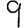
Digit: 9